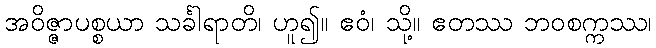
အဝိဇ္ဇာပစ္စယာ သင်္ခါရာတိ၊ ဟူ၍။ ဧဝံ၊ သို့။ ဧတဿ ဘဝစက္ကဿ၊